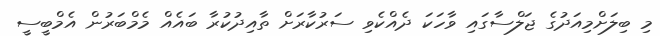
މި ބިލަށްމިއަދުގެ ޖަލްސާގައި ވާހަކަ ދެއްކެވި ސަރުކާރަށް ތާއިދުކުރާ ބައެއް މެމްބަރުން އެމްބީސީ